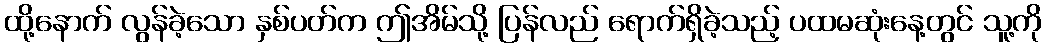
ထို့နောက် လွန်ခဲ့သော နှစ်ပတ်က ဤအိမ်သို့ ပြန်လည် ရောက်ရှိခဲ့သည့် ပထမဆုံးနေ့တွင် သူ့ကို